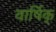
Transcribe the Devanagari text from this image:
वार्षिक्